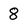
Character: 8